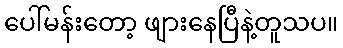
ပေါ်မန်းတော့ ဖျားနေပြီနဲ့တူသပ။